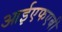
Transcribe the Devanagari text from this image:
आईएफएबी